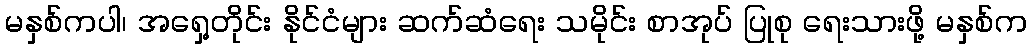
မနှစ်ကပါ၊ အရှေ့တိုင်း နိုင်ငံများ ဆက်ဆံရေး သမိုင်း စာအုပ် ပြုစု ရေးသားဖို့ မနှစ်က